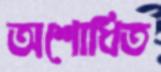
অশোধিত